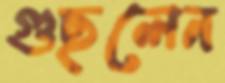
গুছলেন